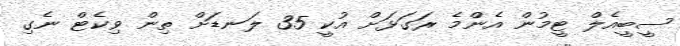
ސީބީއެލް ޓީމުން އެންމެ ރަގަޅަށް އުކީ 35 ލަނޑަށް ތިން ވިކެޓް ނެގި